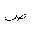
Letter: _sad